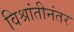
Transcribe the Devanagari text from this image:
विश्रांतीनंतर